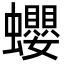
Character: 蠳